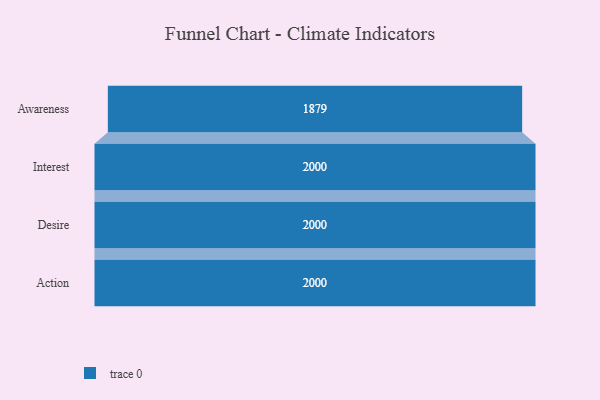
{"axis": {"x": "Stage", "y": "Value"}, "legend": [""], "data": [{"x": "Awareness", "y": 1879.0, "type": ""}, {"x": "Interest", "y": 2000, "type": ""}, {"x": "Desire", "y": 2000, "type": ""}, {"x": "Action", "y": 2000, "type": ""}]}